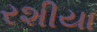
રશીયા